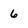
Character: 6